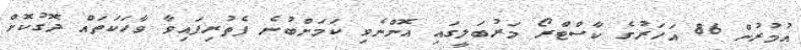
އުމުރުން 86 އަހަރުގެ ކާސްޓްރޯ މަރުބަލީގައި އޮންނެވި ކަމަށްބުނެ ފެތުރިފައިވާ ވާހަކަތައް ދޮގުކޮށް